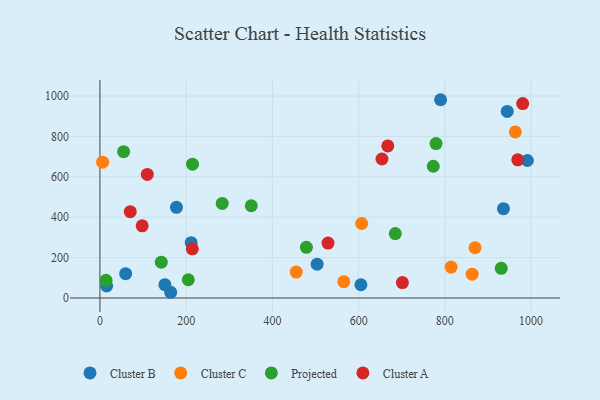
{"axis": {"x": "Experience", "y": "Salary"}, "legend": ["Cluster A", "Cluster B", "Cluster C", "Projected"], "data": [{"x": "177.5", "y": 449.1, "type": "Cluster B"}, {"x": "211.6", "y": 273.9, "type": "Cluster B"}, {"x": "150.6", "y": 65.6, "type": "Cluster B"}, {"x": "935.9", "y": 442.4, "type": "Cluster B"}, {"x": "790.1", "y": 981.8, "type": "Cluster B"}, {"x": "605.3", "y": 65.5, "type": "Cluster B"}, {"x": "503.7", "y": 167.6, "type": "Cluster B"}, {"x": "59.6", "y": 120.1, "type": "Cluster B"}, {"x": "944.7", "y": 923.8, "type": "Cluster B"}, {"x": "991.4", "y": 680.9, "type": "Cluster B"}, {"x": "164.1", "y": 28.2, "type": "Cluster B"}, {"x": "15.5", "y": 59.2, "type": "Cluster B"}, {"x": "607.1", "y": 368.9, "type": "Cluster C"}, {"x": "6.2", "y": 672.7, "type": "Cluster C"}, {"x": "963.4", "y": 822.3, "type": "Cluster C"}, {"x": "870.0", "y": 249.1, "type": "Cluster C"}, {"x": "565.6", "y": 80.8, "type": "Cluster C"}, {"x": "863.3", "y": 117.9, "type": "Cluster C"}, {"x": "814.5", "y": 153.1, "type": "Cluster C"}, {"x": "455.3", "y": 128.3, "type": "Cluster C"}, {"x": "14.1", "y": 87.2, "type": "Projected"}, {"x": "54.9", "y": 724.6, "type": "Projected"}, {"x": "142.3", "y": 177.2, "type": "Projected"}, {"x": "351.0", "y": 456.7, "type": "Projected"}, {"x": "204.9", "y": 90.2, "type": "Projected"}, {"x": "214.7", "y": 662.6, "type": "Projected"}, {"x": "283.6", "y": 468.2, "type": "Projected"}, {"x": "930.8", "y": 146.8, "type": "Projected"}, {"x": "773.1", "y": 652.3, "type": "Projected"}, {"x": "685.0", "y": 319.0, "type": "Projected"}, {"x": "478.9", "y": 250.8, "type": "Projected"}, {"x": "779.5", "y": 764.7, "type": "Projected"}, {"x": "654.1", "y": 688.3, "type": "Cluster A"}, {"x": "70.3", "y": 427.2, "type": "Cluster A"}, {"x": "701.5", "y": 76.4, "type": "Cluster A"}, {"x": "529.0", "y": 271.7, "type": "Cluster A"}, {"x": "109.8", "y": 611.9, "type": "Cluster A"}, {"x": "97.9", "y": 357.4, "type": "Cluster A"}, {"x": "667.6", "y": 752.8, "type": "Cluster A"}, {"x": "214.2", "y": 243.2, "type": "Cluster A"}, {"x": "969.1", "y": 684.0, "type": "Cluster A"}, {"x": "980.5", "y": 962.7, "type": "Cluster A"}]}